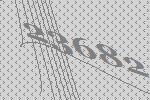
23682